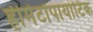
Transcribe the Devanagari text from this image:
हीमेटोपायोटिक